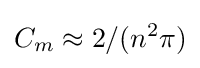
C_{m}\approx 2/(n^{2}\pi )